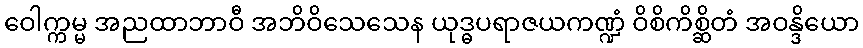
ဝေါက္ကမ္မ အညထာဘာဝီ အဘိဝိသေသေန ယုဒ္ဓပရာဇယကဏ္ဍံ ဝိစိကိစ္ဆိတံ အဝန္ဒိယော